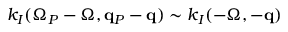
k _ { I } ( \Omega _ { P } - \Omega , { \bf q } _ { P } - { \bf q } ) \sim k _ { I } ( - \Omega , - { \bf q } )